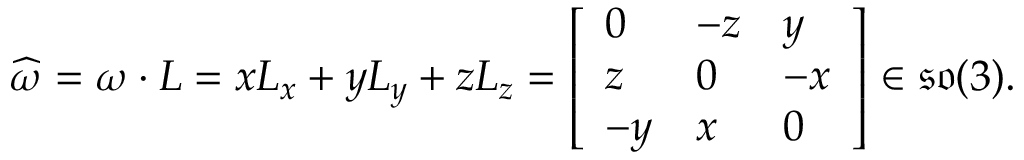
{ \widehat { \boldsymbol { \omega } } } = { \boldsymbol { \omega } } \cdot { \boldsymbol { L } } = x { \boldsymbol { L } } _ { x } + y { \boldsymbol { L } } _ { y } + z { \boldsymbol { L } } _ { z } = { \left[ \begin{array} { l l l } { 0 } & { - z } & { y } \\ { z } & { 0 } & { - x } \\ { - y } & { x } & { 0 } \end{array} \right] } \in { \mathfrak { s o } } ( 3 ) .